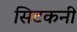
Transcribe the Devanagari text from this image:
सिटकनी